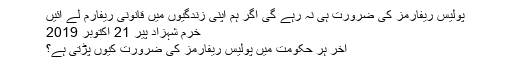
پولیس ریفارمز کی ضرورت ہی نہ رہے گی اگر ہم اپنی زندگیوں میں قانونی ریفارم لے آئیں
خرم شہزاد پير 21 اکتوبر 2019
آخر ہر حکومت میں پولیس ریفارمز کی ضرورت کیوں پڑتی ہے؟